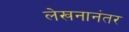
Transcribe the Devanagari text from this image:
लेखनानंतर